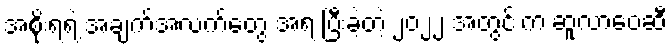
အစိုးရရဲ့ အချက်အလက်တွေ အရ ပြီးခဲ့တဲ့ ၂၀၂၂ အတွင်းက ဆူလာဝေဆီ